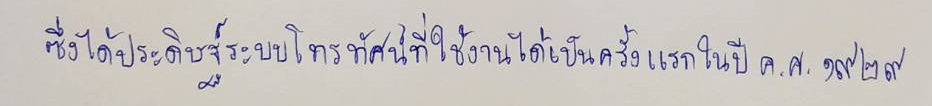
ซึ่งได้ประดิษฐ์ระบบโทรทัศน์ที่ใช้งานได้เป็นครั้งแรกในปีค.ศ.๑๙๒๙